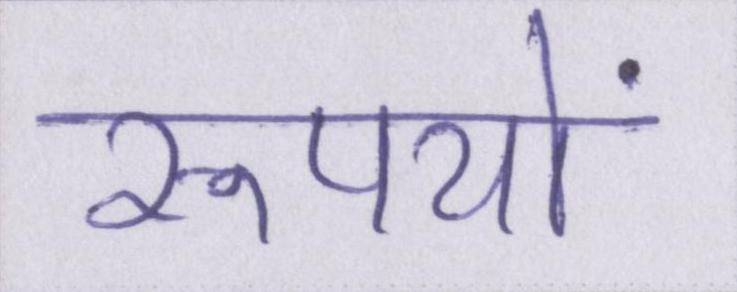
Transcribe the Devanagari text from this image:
रूपयों